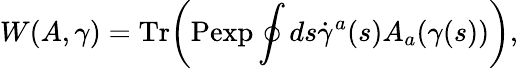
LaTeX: W(A,\gamma)=\mathrm{Tr}\biggr(\mathrm{Pexp}\oint ds\dot{\gamma}^{a}(s)A_{a}(\gamma(s))\biggr),